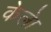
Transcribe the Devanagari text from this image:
केलेा